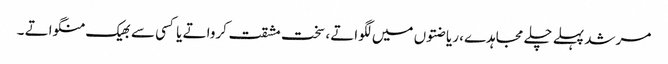
مرشد پہلے چلے مجاہدے، ریاضتوں میں لگواتے ، سخت مشقت کرواتے یا کسی سے بھیک منگواتے ۔